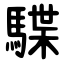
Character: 䮜